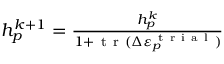
\begin{array} { r } { h _ { p } ^ { k + 1 } = \frac { h _ { p } ^ { k } } { 1 + \mathrm { ~ t ~ r ~ } ( \Delta \varepsilon _ { p } ^ { \mathrm { ~ t ~ r ~ i ~ a ~ l ~ } } ) } } \end{array}